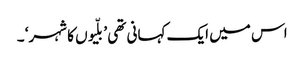
اس میں ایک کہانی تھی ’بلّیوں کا شہر‘ ۔